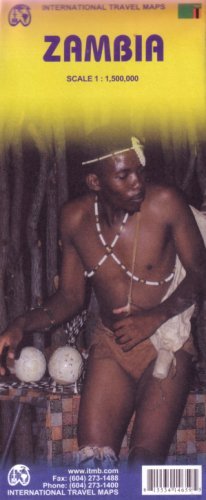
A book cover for By ITM Canada Zambia 1:1,500,000 Travel Map (International Travel Maps) (4th Edition) [Map]; Travel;